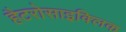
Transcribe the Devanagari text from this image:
हैटरोसाइक्लिक